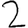
Digit: 2